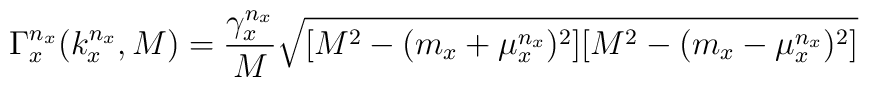
\Gamma_x^{n_x}(k_x^{n_x},M)={\gamma_x^{n_x}\over M}\sqrt{[M^2-(m_x+\mu_x^{n_x})^2][M^2-(m_x-\mu_x^{n_x})^2]}